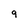
Character: 9